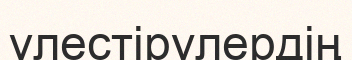
үлестірулердің